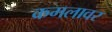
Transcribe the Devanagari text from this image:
कमलावर